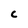
Character: c